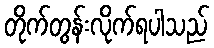
တိုက်တွန်းလိုက်ရပါသည်